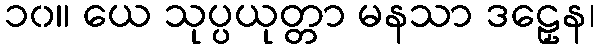
၁၀။ ယေ သုပ္ပယုတ္တာ မနသာ ဒဠှေန၊